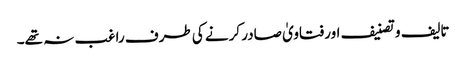
تالیف و تصنیف اور فتاویٰ صادر کرنے کی طرف راغب نہ تھے۔